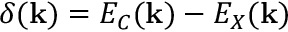
\delta ( { \bf k } ) = E _ { C } ( { \bf k } ) - E _ { X } ( { \bf k } )